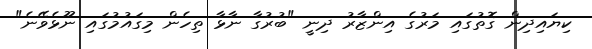
ކިޔައިދިން ގޮތުގައި މަރުގެ އިންޒާރު ދިނީ "ބުރުގާ ނާޅާ ތިހެން މިގައުމުގައި ނޫޅެވޭނެ"